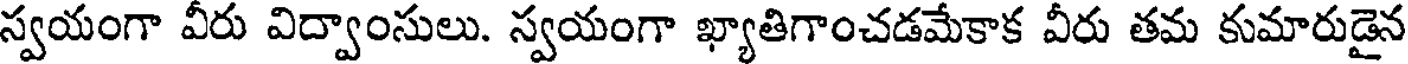
స్వయంగా వీరు విద్వాంసులు. స్వయంగా ఖ్యాతిగాంచడమేకాక వీరు తమ కుమారుడైన